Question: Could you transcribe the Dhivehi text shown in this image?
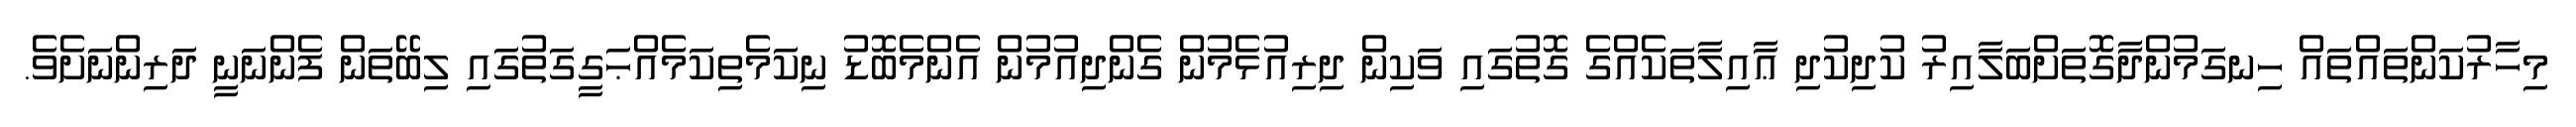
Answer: މިހާރުކަންތައްތައް ހިނގަމުންދާގޮތަށްބަލާއިރު ކުދިކުދި ޢާއިލާތަކެއްގެ ގޮތުގައި ވަކިން ދިރިއުޅެމުން ގެންދިއުމުން އެންމެބޮޑު ނިކަމެތިކަމެއްޙަގީގަތުގައި ލިބޭތަން ފެންނަނީ ދަރިންނަށެވެ.